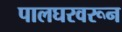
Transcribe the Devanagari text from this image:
पालघरवरून